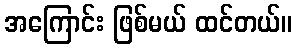
အကြောင်း ဖြစ်မယ် ထင်တယ်။